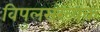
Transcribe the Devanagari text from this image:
विपुलसंख्यक